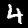
Digit: 4